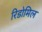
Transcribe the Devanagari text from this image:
रिडोमिल